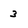
Character: 3